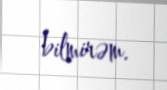
bilmirəm.